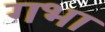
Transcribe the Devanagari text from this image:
गभा